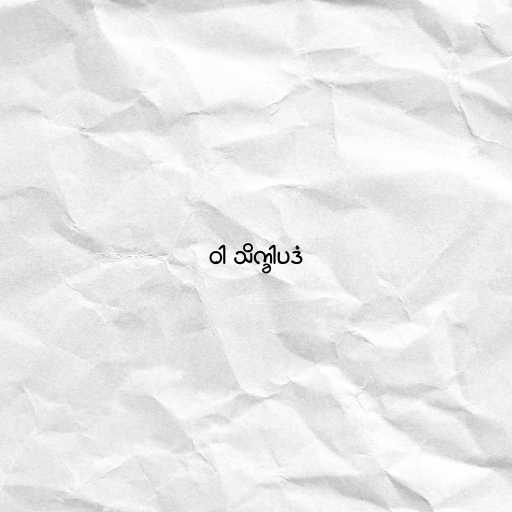
ဝါ သိက္ခါပဒံ